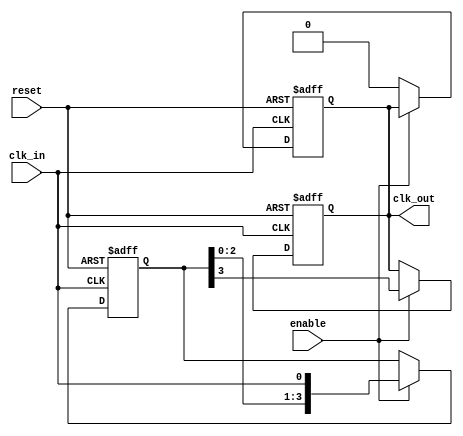
module skew_optimized_clock_buffer (
    input wire clk_in,         // Single-ended input clock signal
    output reg clk_out,       // Buffered output clock signal
    input wire enable,        // Control signal to enable/disable clock buffer
    input wire reset          // Asynchronous reset signal
);
  
    // Parameters for delay control (adjust as necessary)
    parameter DELAY_NUM_STAGES = 4; // Number of delay stages
    parameter DELAY_VALUE = 1;       // Fixed delay for each stage (in simulation time units)
    
    // Delay line registers
    reg [DELAY_NUM_STAGES-1:0] delay_line;
  
    // Clock buffering logic
    always @(posedge clk_in or posedge reset) begin
        if (reset) begin
            clk_out <= 1'b0; // Reset the output clock
            delay_line <= 0;  // Reset delay line
        end else if (enable) begin
            // Shift the delay line
            delay_line <= {delay_line[DELAY_NUM_STAGES-2:0], clk_in};
            // Output the last stage of the delay line as the buffered clock output
            clk_out <= delay_line[DELAY_NUM_STAGES-1];
        end
    end
    
    // Optional: Clock Gating for Power Management
    always @(negedge clk_in or posedge reset) begin
        if (reset) begin
            clk_out <= 1'b0; // Reset output clock
        end else if (!enable) begin
            clk_out <= 1'b0; // Disable clock output when not enabled
        end
    end
  
endmodule